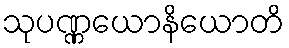
သုပဏ္ဏယောနိယောတိ